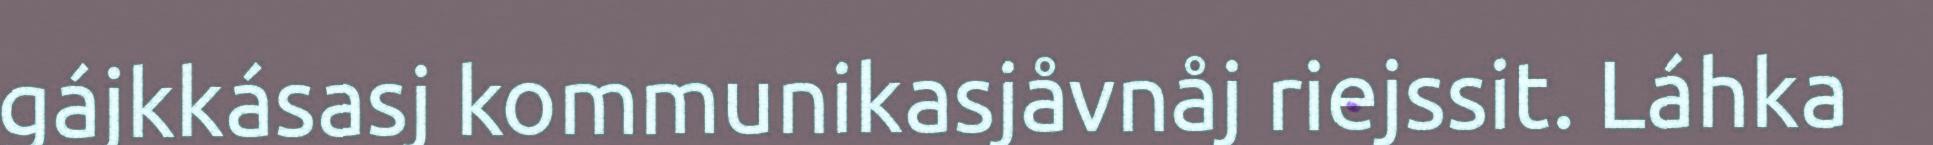
gájkkásasj kommunikasjåvnåj riejssit. Láhka